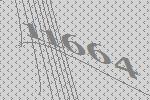
11664